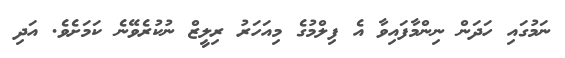
ނަމުގައި ހަދަން ނިންމާފައިވާ އެ ފިލްމުގެ މިއަހަރު ރިލީޒް ނުކުރެވޭނެ ކަމަށެވެ. އަދި